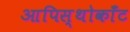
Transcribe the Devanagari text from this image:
आपिस्थोकाँट